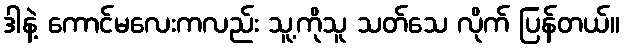
ဒါနဲ့ ကောင်မလေးကလည်း သူ့ကိုသူ သတ်သေ လိုက် ပြန်တယ်။